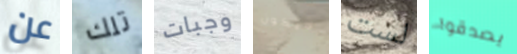
عن تلك وجبات لايكون لست يصدقوا